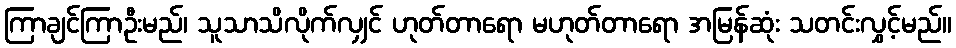
ကြာချင်ကြာဦးမည်၊ သူသာသိလိုက်လျှင် ဟုတ်တာရော မဟုတ်တာရော အမြန်ဆုံး သတင်းလွှင့်မည်။